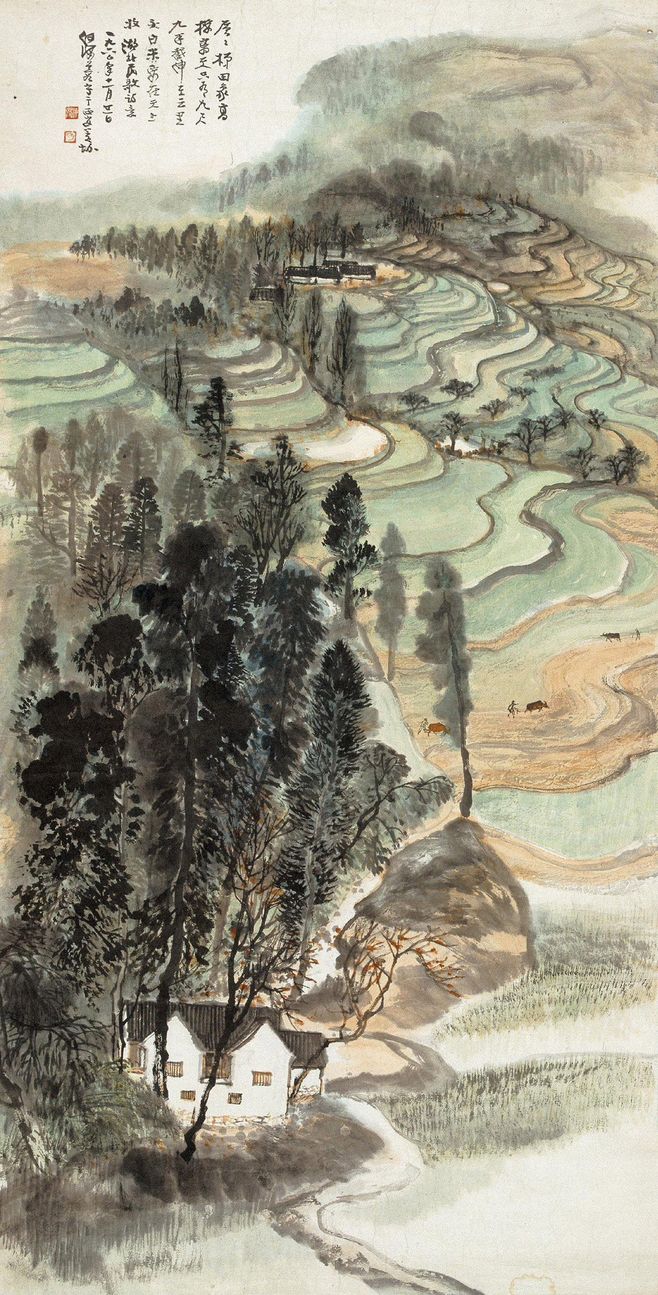
苍苍竹林寺，杳杳钟声晚。